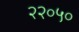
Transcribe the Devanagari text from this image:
२२०५०